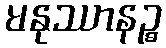
မနုဿာနဉ္စ